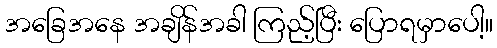
အခြေအနေ အချိန်အခါ ကြည့်ပြီး ပြောရမှာပေါ့။